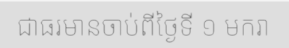
ជាធរមានចាប់ពីថ្ងៃទី ១ មករា